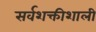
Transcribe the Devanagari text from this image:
सर्वशक्तीशाली